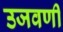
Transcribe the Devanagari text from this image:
उजवणी